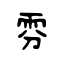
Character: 雰